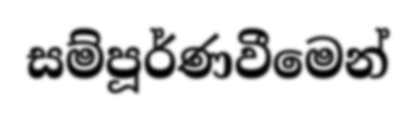
සම්පූර්ණවීමෙන්